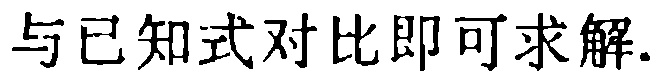
与已知式对比即可求解.